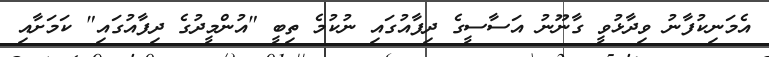
އެމަނިކުފާނު ވިދާޅުވީ ގާނޫނު އަސާސީގެ ދިފާއުގައި ނުކުމެ ތިބީ "އުންމީދުގެ ދިފާއުގައި" ކަމަށާއި